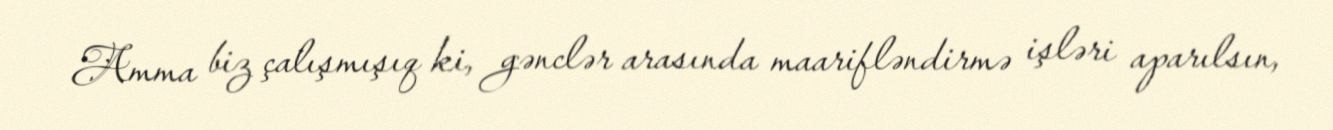
Amma biz çalışmışıq ki, gənclər arasında maarifləndirmə işləri aparılsın,